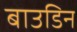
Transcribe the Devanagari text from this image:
बाउडिन